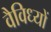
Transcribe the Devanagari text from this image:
वैविध्यों